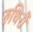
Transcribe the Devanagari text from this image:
रुधिरों